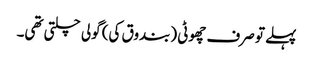
پہلے تو صرف چھوٹی (بندوق کی) گولی چلتی تھی۔